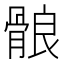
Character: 䯖